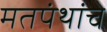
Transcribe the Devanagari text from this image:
मतपंथांचे